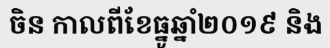
ចិន កាលពីខែធ្នូឆ្នាំ២០១៩ និង